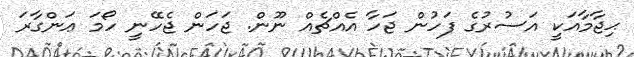
ޙިޖާމާއަކީ އަސުރުގެ ފަހުން ޖަހާ އެއްޗެއް ނޫން. ޖަހަން ޖެހޭނީ ހޯމަ ޢަންގާރަ